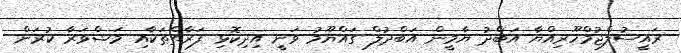
ރައީސުލްޖުމްހޫރިއްޔާ އަބްދު ޔާމީން އަބްދުލް ގައްޔޫމު ވަނީ އިދިކޮޅި ފަރާތްތަކާއި މަޝްވަރާ ކުރަން